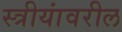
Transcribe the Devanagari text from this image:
स्त्रीयांवरील